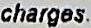
CHARGES.